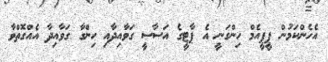
އެހެންކަމުން ޕީޕީއެމް ހިންގަނީ އެ ޕާޓީގެ އަސާސީ ގަވާއިދާއި ހިންގާ ގަވާއިދާ އެއްގޮތްވާ